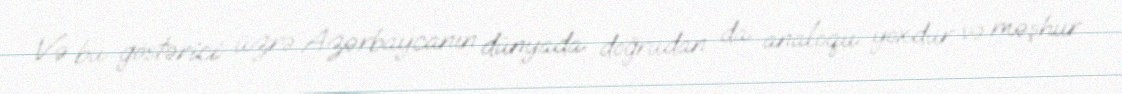
Və bu göstərici üzrə Azərbaycanın dünyada doğrudan da analoqu yoxdur və məşhur